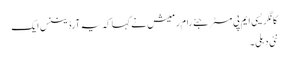
کانگریسی ایم پی مسٹر جئے رام رمیش نے کہا کہ یہ آرڈیننس ایک
نئی دہلی ۔